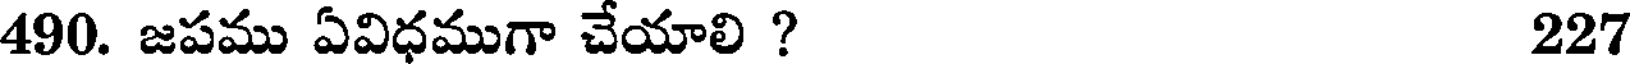
490. జపము ఏవిధముగా చేయాలి ? 227